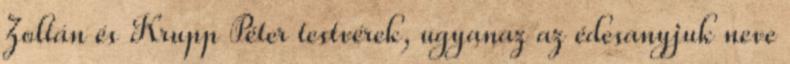
Zoltán és Krupp Péter testvérek, ugyanaz az édesanyjuk neve